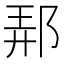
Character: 𨛓